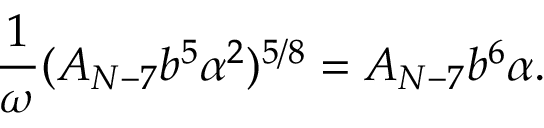
\frac { 1 } { \omega } ( A _ { N - 7 } b ^ { 5 } \alpha ^ { 2 } ) ^ { 5 / 8 } = A _ { N - 7 } b ^ { 6 } \alpha .